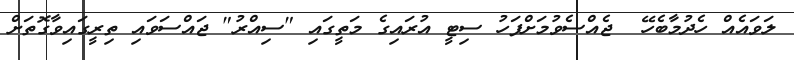
ލަވައެއް ހެދުމާބެހޭ  ޖެއްސެވުމަށްފަހު ސިޓީ އުރައިގެ މަތީގައި "ސިއްރު" ޖައްސަވައި ތިރީގައިވާގޮތަށް